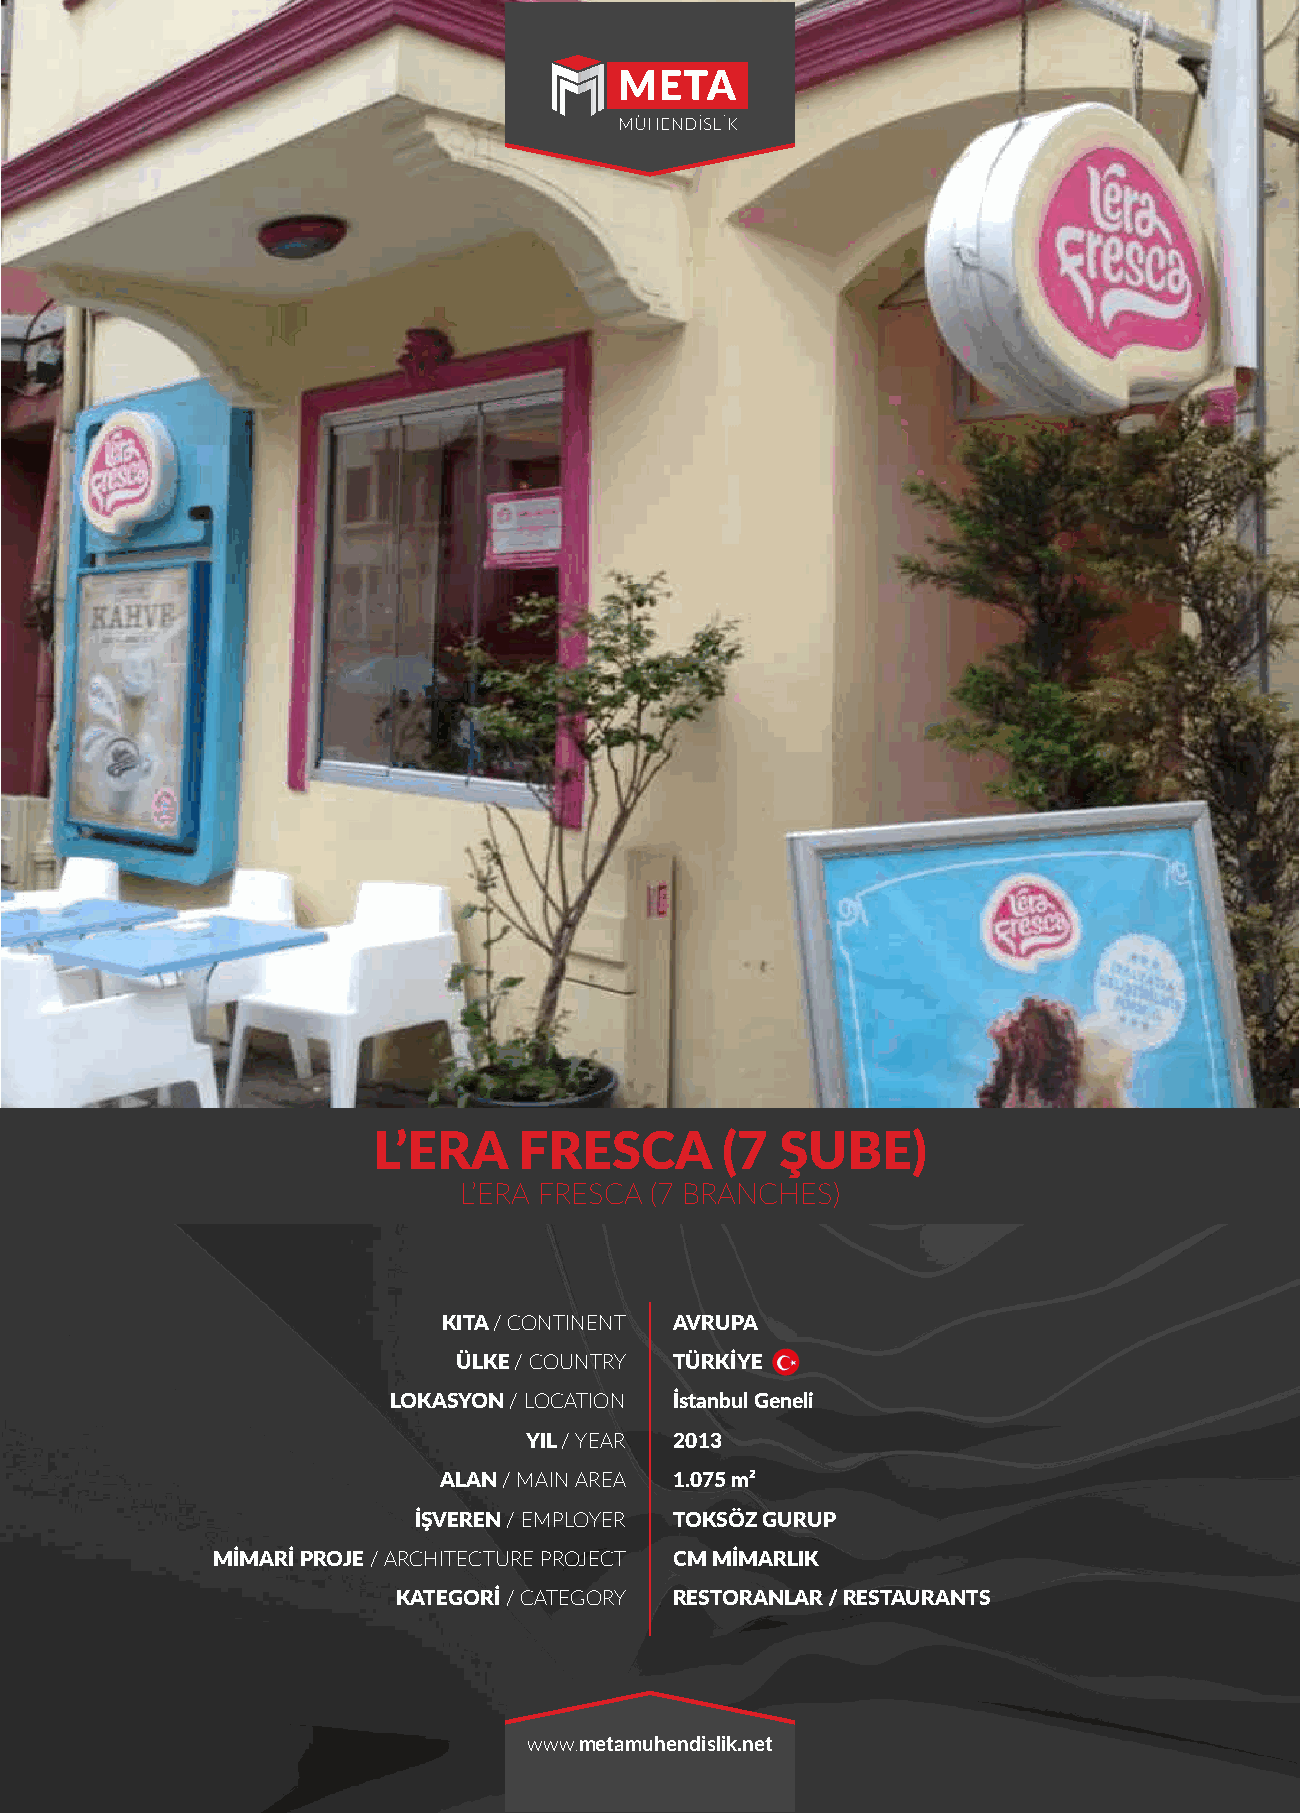
L’ERA    FRESCA        (7  ŞUBE)
 L’ERA FRESCA (7 BRANCHES)
 KITA / CONTINENT AVRUPA
 ÜLKE / COUNTRY TÜRKİYE
 LOKASYON / LOCATION İstanbul Geneli
 YIL / YEAR 2013
 ALAN / MAIN AREA 1.075 m²
 İŞVEREN / EMPLOYER TOKSÖZ GURUP
 MİMARİ PROJE / ARCHITECTURE PROJECT CM MİMARLIK
 KATEGORİ / CATEGORY RESTORANLAR / RESTAURANTS
 www.metamuhendislik.net